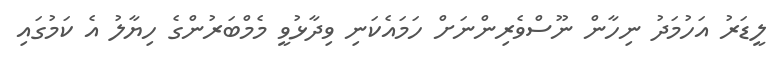
ލީޑަރު އަހުމަދު ނިހާން ނޫސްވެރިންނަށް ހަމައެކަނި ވިދާޅުވީ މެމްބަރުންގެ ހިޔާލު އެ ކަމުގައި